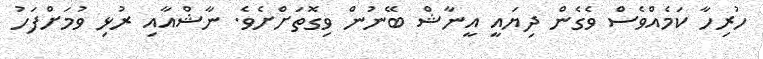
ހުރިހާ ކަމެއްވެސް ވެގެން ދިޔައީ އީނާޝް ބޭނުން ވިގޮތަށްށެވެ. ނާޝްއާއި ރުޅި ވުމަށްފަހު